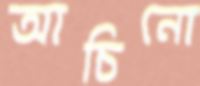
আচিনো